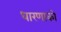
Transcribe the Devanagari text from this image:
धारणाको